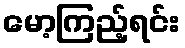
မော့ကြည့်ရင်း